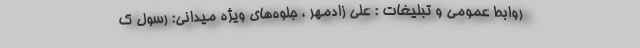
روابط عمومی و تبلیغات : علی زادمهر ، جلوه‌های ویژه میدانی: رسول ک